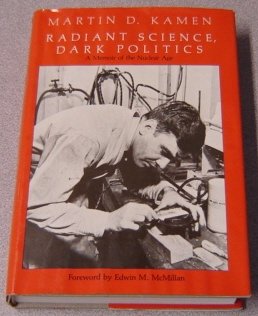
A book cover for Radiant Science, Dark Politics: A Memoir of the Nuclear Age; Martin D. Kamen; Science & Math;